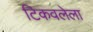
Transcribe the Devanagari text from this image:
टिकवलेला